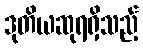
ဒုတိယဆုရရှိသည့်